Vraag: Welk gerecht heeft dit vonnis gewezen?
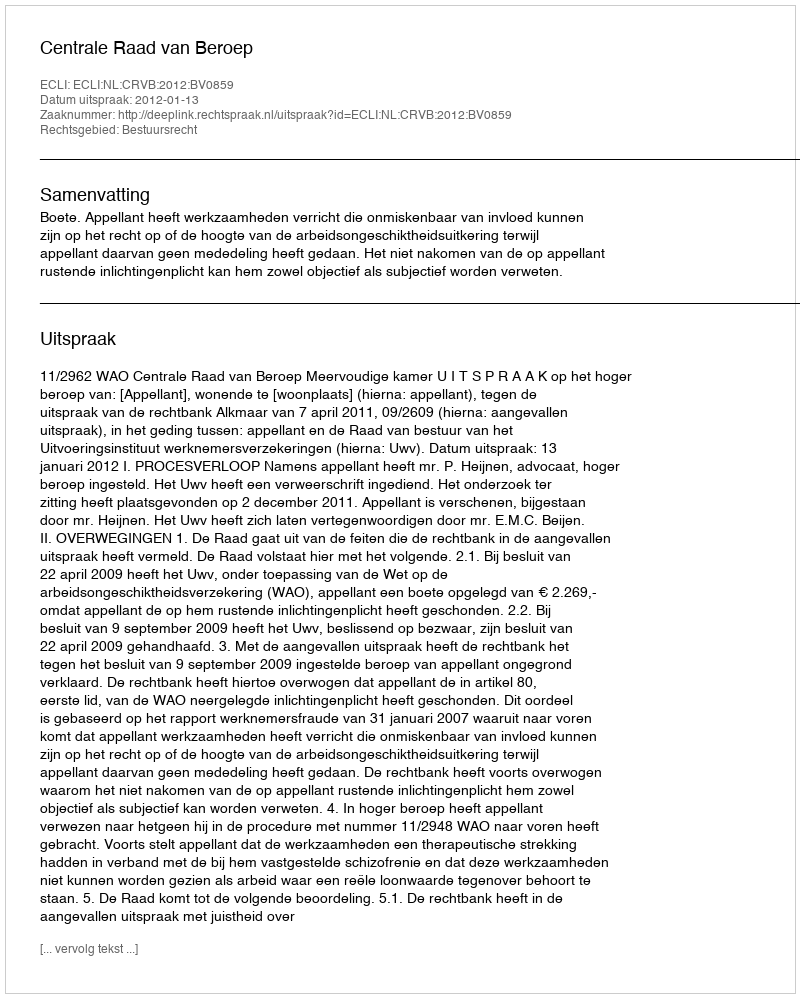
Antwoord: Centrale Raad van Beroep